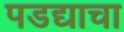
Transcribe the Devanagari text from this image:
पडद्याचा